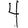
Digit: 4